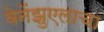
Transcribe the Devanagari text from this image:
वेनेंझुएलाचा